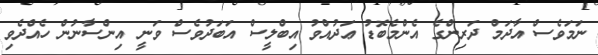
ނަމަވެސް އާދަމް ދަރިންގެ އެންމެބޮޑު ޢަދުއްވު އިބްލީސް އަބަދުވެސް ވަނީ އިންސާނުން ހެއްދެވި